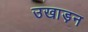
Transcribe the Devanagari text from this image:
उखाड़न